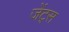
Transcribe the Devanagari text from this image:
जेंट्स